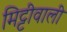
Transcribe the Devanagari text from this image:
मिट्टीवाली